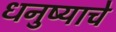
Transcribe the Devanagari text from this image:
धनुष्याचे